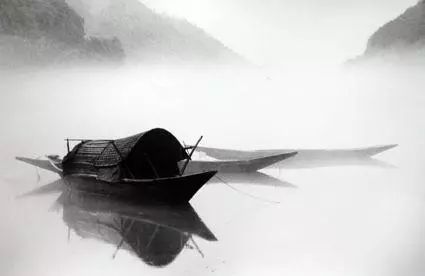
亲朋无一字，老病有孤舟。